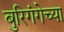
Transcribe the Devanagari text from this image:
बुरिगंगेच्या